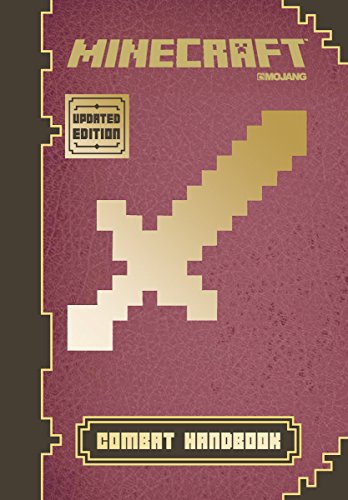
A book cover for Minecraft: Combat Handbook (Updated Edition): An Official Mojang Book; Stephanie Milton; Children's Books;